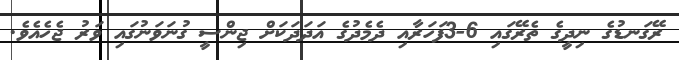
ރޭގަނޑުގެ ނިދީގެ ތެރޭގައި 6-3ފަހަރާއި ދެމެދުގެ އަދަދަކަށް ޖިންސީ ގުނަވަނުގައި ވަރު ޖެހެއެވެ.